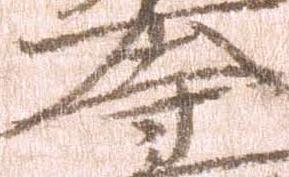
寺